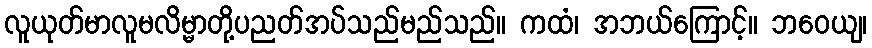
လူယုတ်မာလူမလိမ္မာတို့ပညတ်အပ်သည်မည်သည်။ ကထံ၊ အဘယ်ကြောင့်။ ဘဝေယျ၊